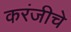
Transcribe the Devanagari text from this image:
करंजीचे